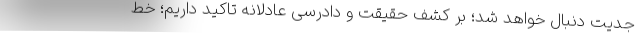
جدیت دنبال خواهد شد؛ بر کشف حقیقت و دادرسی عادلانه تاکید داریم؛ خط